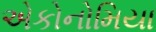
એકોનોમિયા